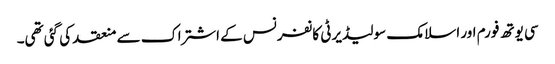
سی یوتھ فورم اور اسلامک سولیڈیرٹی کانفرنس کے اشتراک سے منعقد کی گئی تھی۔